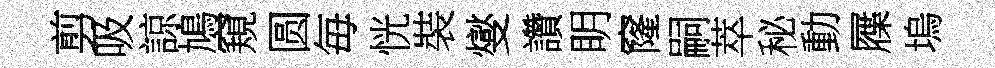
剪吸諒鳩窺圆毎恍裝燮讚眀窿嗣萃秘動屧塢